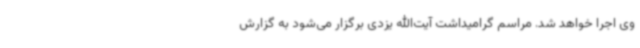
وی اجرا خواهد شد. مراسم گرامیداشت آیت‌الله یزدی برگزار می‌شود به گزارش